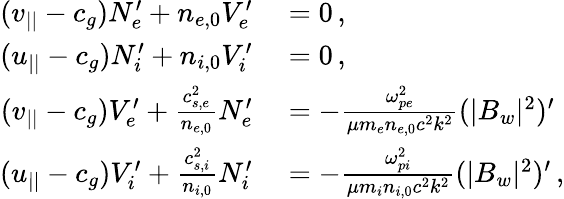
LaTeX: \begin{array}{rl}{(v_{||}-c_{g})N_{e}^{\prime}+n_{e,0}V_{e}^{\prime}}&{{}=0\, ,}\\ {(u_{||}-c_{g})N_{i}^{\prime}+n_{i,0}V_{i}^{\prime}}&{{}=0\, ,}\\ {(v_{||}-c_{g})V_{e}^{\prime}+\frac{c_{s,e}^{2}}{n_{e,0}}N_{e}^{\prime}}&{{}=-\frac{\omega_{pe}^{2}}{\mu m_{e}n_{e,0}c^{2}k^{2}}(|B_{w}|^{2})^{\prime}}\\ {(u_{||}-c_{g})V_{i}^{\prime}+\frac{c_{s,i}^{2}}{n_{i,0}}N_{i}^{\prime}}&{{}=-\frac{\omega_{pi}^{2}}{\mu m_{i}n_{i,0}c^{2}k^{2}}(|B_{w}|^{2})^{\prime}\, ,}\end{array}